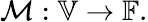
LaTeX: \mathcal{M}:\mathbb{V}\rightarrow\mathbb{F}.